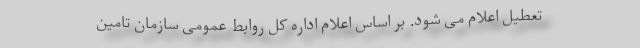
تعطیل اعلام می شود. بر اساس اعلام اداره کل روابط عمومی سازمان تامین